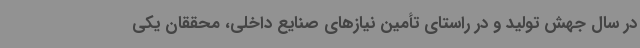
در سال جهش تولید و در راستای تأمین نیازهای صنایع داخلی، محققان یکی